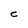
Character: C